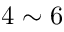
4 \sim 6